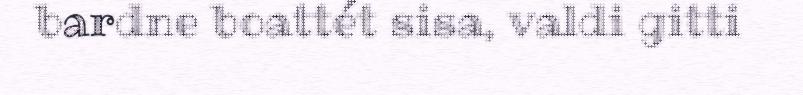
bardne boattét sisa, valdi gitti